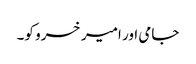
جامی اور امیر خسرو کو۔